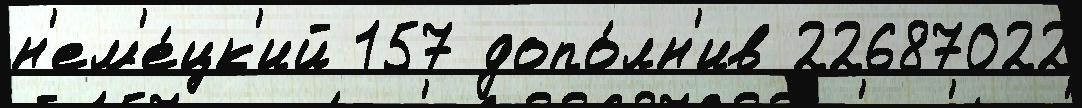
н'ем'е́цк'ий 157 допо́лн'ив 22687022